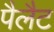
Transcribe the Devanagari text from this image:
पैलैट